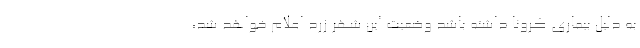
به دلیل بیماری کرونا داشته باشد وضعیت این شهر زرد اعلام خواهد شد،